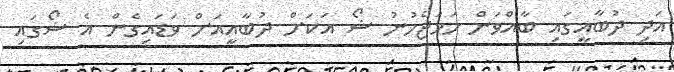
އަދި ދުބާއީގައި ބާއްވަން ހަމަޖެހުނު ޝޯ އަކަށް ދުބާއީއަށް ވަޑައިގެން އެ ޝޯގައި